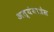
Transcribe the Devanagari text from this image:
अत्यंयात्रेस